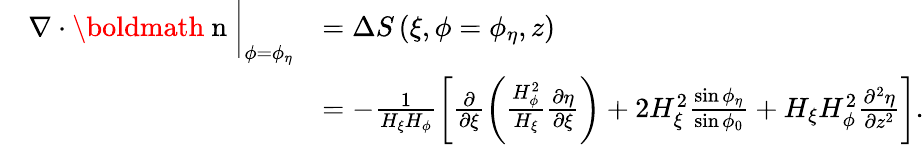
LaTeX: \begin{array}{rl}&{\begin{array}{rl}{\nabla\cdot{\mathrm{\boldmath~n~}}\biggr|_{\phi=\phi_{\eta}}}&{=\Delta S\left(\xi,\phi=\phi_{\eta},z\right)}\\ &{=-\frac{1}{H_{\xi}H_{\phi}}\biggl[\frac{\partial}{\partial\xi}\left(\frac{H_{\phi}^{2}}{H_{\xi}}\frac{\partial\eta}{\partial\xi}\right)+2H_{\xi}^{2}\frac{\sin\phi_{\eta}}{\sin\phi_{0}}+H_{\xi}H_{\phi}^{2}\frac{\partial^{2}\eta}{\partial z^{2}}\biggr].}\end{array}}\end{array}